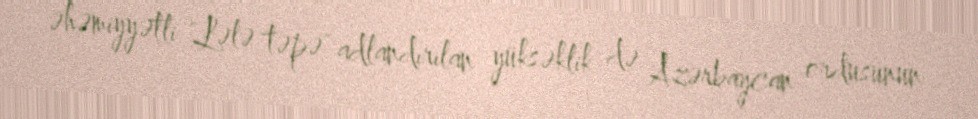
əhəmiyyətli "Lələ təpə" adlandırılan yüksəklik də Azərbaycan ordusunun